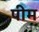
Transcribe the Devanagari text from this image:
पीम